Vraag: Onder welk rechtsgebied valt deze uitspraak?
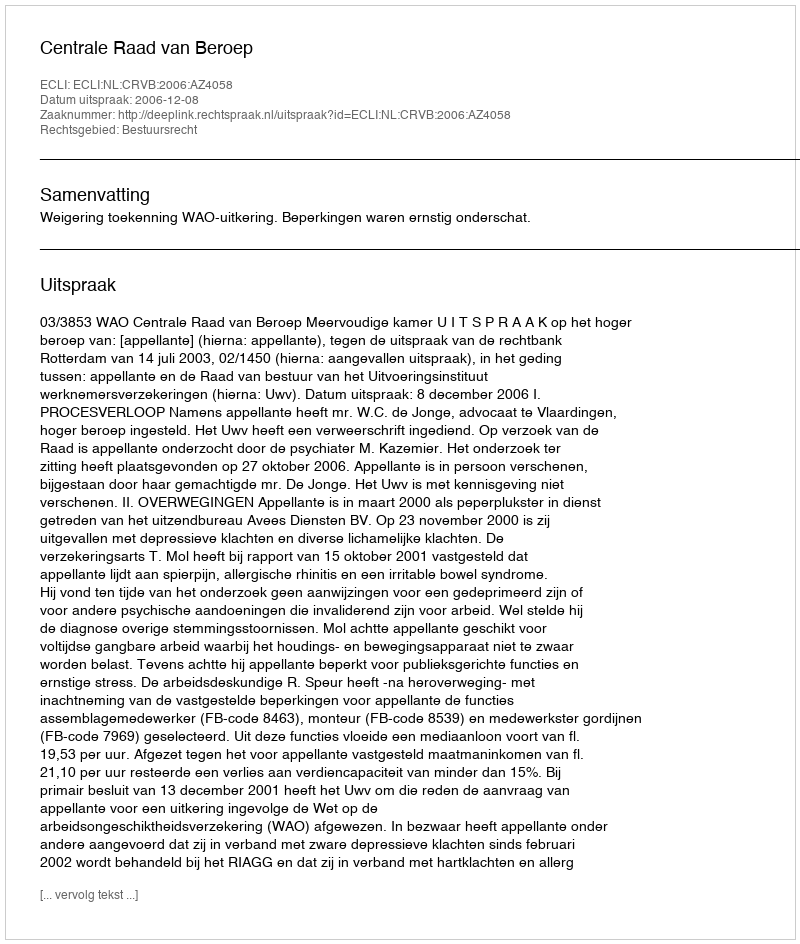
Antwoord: Bestuursrecht